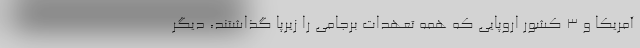
آمریکا و ۳ کشور اروپایی که همه تعهدات برجامی را زیرپا گذاشتند، دیگر